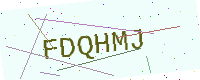
Text: FDQHMJ